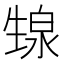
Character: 𬎺